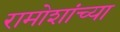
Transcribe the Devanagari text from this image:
रामोशांच्या